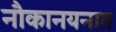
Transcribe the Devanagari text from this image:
नौकानयनात